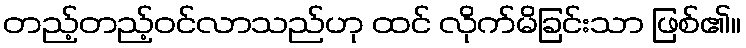
တည့်တည့်ဝင်လာသည်ဟု ထင် လိုက်မိခြင်းသာ ဖြစ်၏။